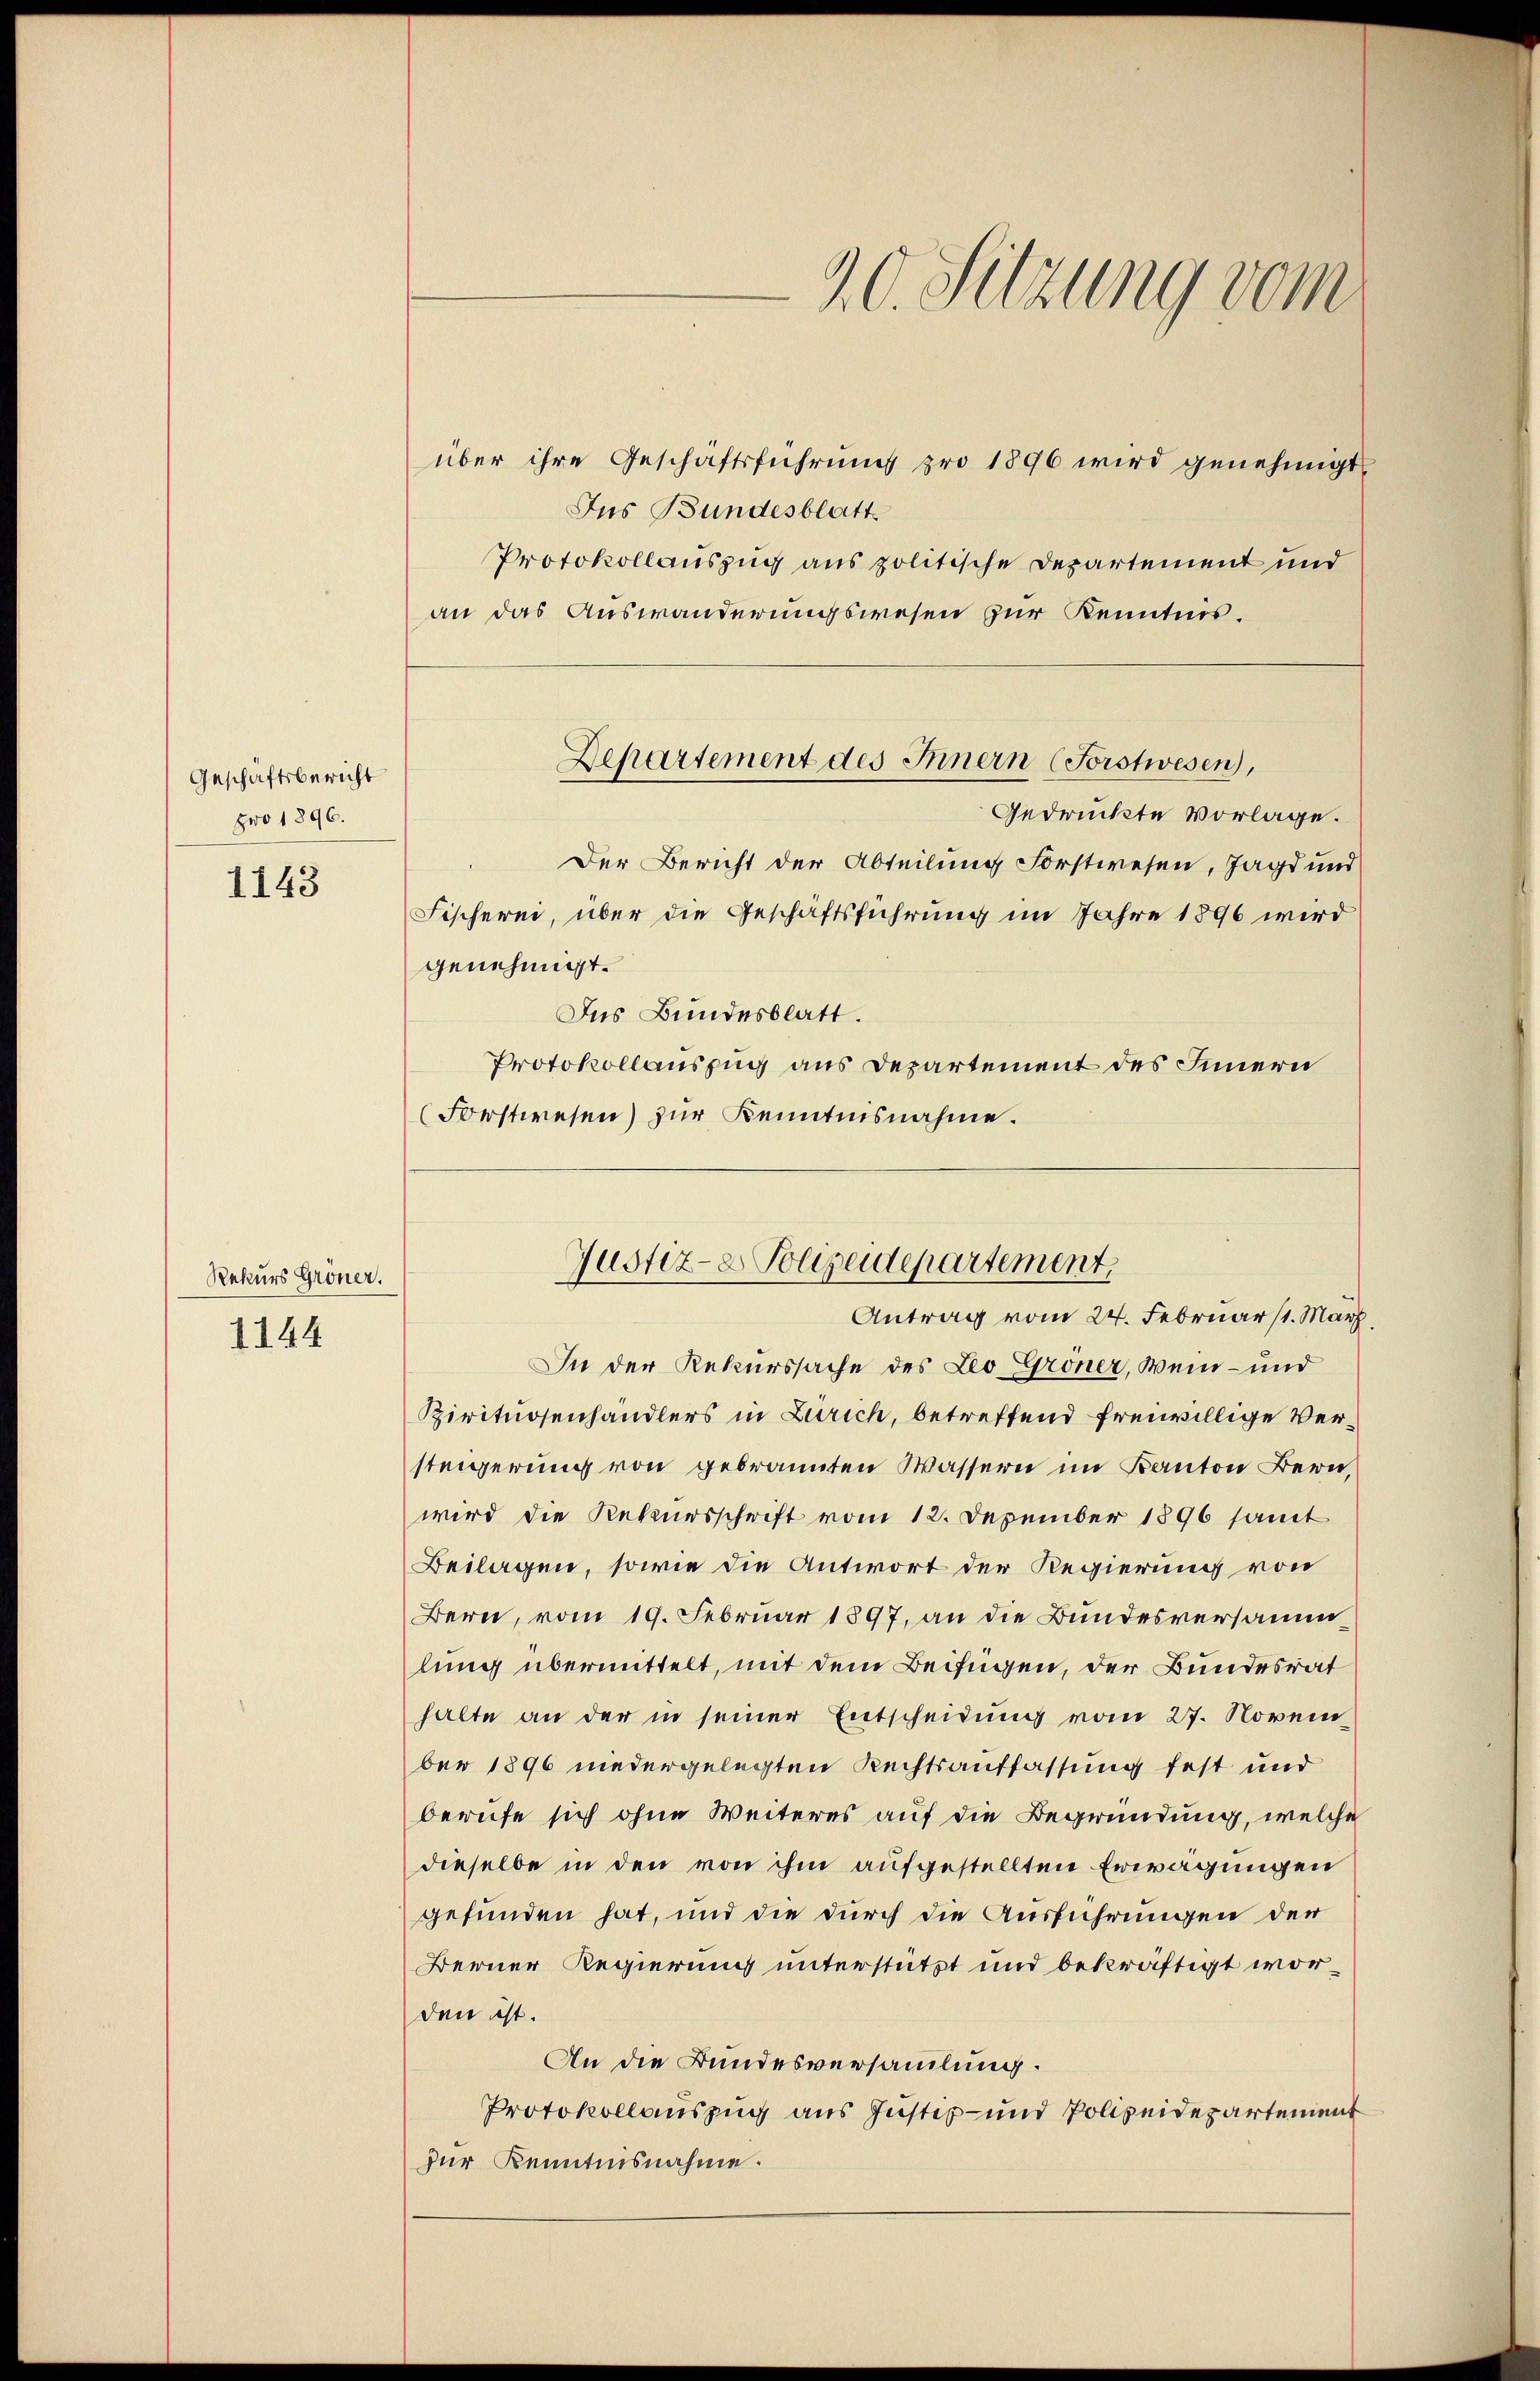
Geschäftsbericht
pro 1896.
1143

Rekurs Gröner.
1144

Departement des Innern (Forstwesen,

90. Sitzung vom

über ihre Geschäftsführung pro 1896 wird genehmigt
Jus Bundesblatt
Protokollauszug aus politische Departement und
an das Auswanderungswesen zur Kenntnis.
Gedrückte vorlage.
Der Bericht der Abteilung Forstwesen, Jagd und
Fischerei, über die Geschäftsführung im Jahre 1896 wird
genehmigt.
Ins Bundesblatt.
Protokollauszug aus Departement des Innern
(Forstwesen) zur Kenntnisnahme.
In der Rekurssache des Leo Gröner, Wein- und
Birituosenhändlers in Zürich, betreffend freiwillige Versteigerung von gebrannten Wassern im Kanton Bern,
wird die Rekursschrift vom 12. Dezember 1896 samt
Beilagen, sowie die Antwort der Regierung von
Bern, vom 19. Februar 1897, an die Bundesversammlung übermittelt, mit dem Beifügen, der Bundesrat
halte an der in seiner Entscheidung vom 27. Novem
ber 1896 niedergelegten Rechtsauffassung fest und
berufe sich ohne Weiteres auf die Begründung, welche
dieselbe in den von ihm aufgestellten Erwägungen
gefunden hat, und die durch die Ausführungen der
Berner Regierung unterstützt und bekräftigt worden ist.
An die Bundesversammlung.
Protokollauszug aus Justiz- und Polizeidepartement
zur Kenntnisnahme.

Justiz- & Polizeidepartement,
Antrag vom 24. Februarst. März,